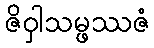
ဇိဝှါသမ္ဖဿဇံ